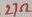
Text: 27Ω